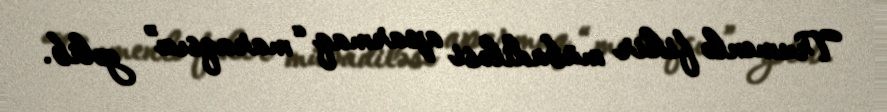
Trumenlə fikir mübadiləsi aparmaq “maraqsız” gəlib.